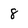
Character: 8